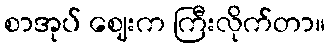
စာအုပ် ဈေးက ကြီးလိုက်တာ။